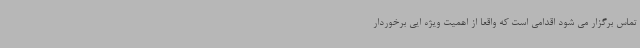
تماس برگزار می شود اقدامی است که واقعا از اهمیت ویژه ایی برخوردار